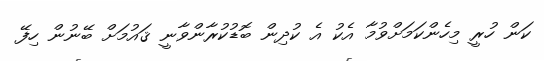
ކަން ހުރީ މިހެންކަމަށްވުމާ އެކު އެ ކުދިން ބޮޑުކުރާންވާނީ ޤައުމަށް ބޭނުން ހިފޭ